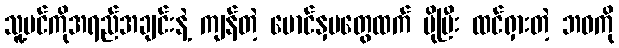
သူ့ပင်ကိုအရည်အချင်းနဲ့ ကျန်တဲ့ မောင်နှမတွေထက် ပိုပြီး ထင်ရှားတဲ့ ဘဝကို